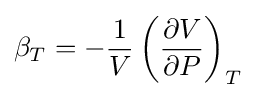
\beta _{T}=-{\frac {1}{V}}\left({\frac {\partial V}{\partial P}}\right)_{T}